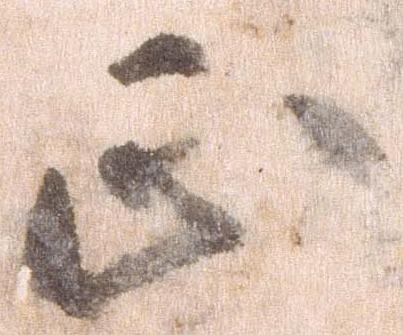
正